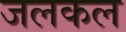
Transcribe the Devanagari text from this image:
जलकल